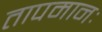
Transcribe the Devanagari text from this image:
तापमानः